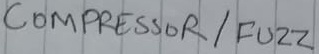
Text: COMPRESSOR/ FUZZ